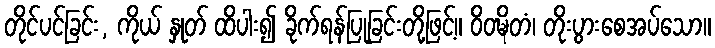
တိုင်ပင်ခြင်း, ကိုယ် နှုတ် ထိပါး၍ ခိုက်ရန်ပြုခြင်းတို့ဖြင့်။ ဝိဝဍ္ဎိတံ၊ တိုးပွားစေအပ်သော။